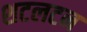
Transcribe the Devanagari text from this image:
शटलटन